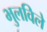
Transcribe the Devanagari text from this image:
भुलविले